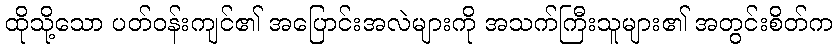
ထိုသို့သော ပတ်ဝန်းကျင်၏ အပြောင်းအလဲများကို အသက်ကြီးသူများ၏ အတွင်းစိတ်က